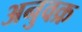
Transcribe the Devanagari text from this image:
अनुवक्र